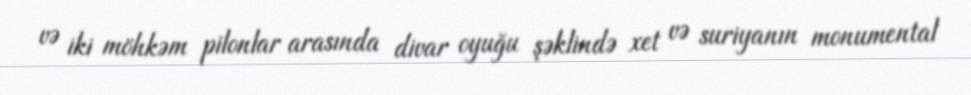
və iki möhkəm pilonlar arasında divar oyuğu şəklində xet və suriyanın monumental